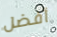
أفضل